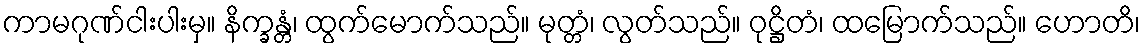
ကာမဂုဏ်ငါးပါးမှ။ နိက္ခန္တံ၊ ထွက်မောက်သည်။ မုတ္တံ၊ လွတ်သည်။ ဝုဋ္ဌိတံ၊ ထမြောက်သည်။ ဟောတိ၊